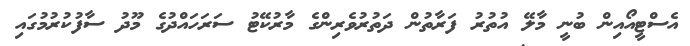
އެސްޓީއޯއިން ބުނީ މާލޭ އުތުރު ފަރާތުން ދަތުރުވެރިންގެ މާރުކޭޓު ސަރަހައްދުގެ މޫދު ސާފުކުރުމުގައި